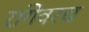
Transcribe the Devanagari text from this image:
रांगेवरच